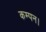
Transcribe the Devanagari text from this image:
कम्पन।